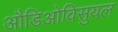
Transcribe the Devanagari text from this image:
औडिओविसुयल